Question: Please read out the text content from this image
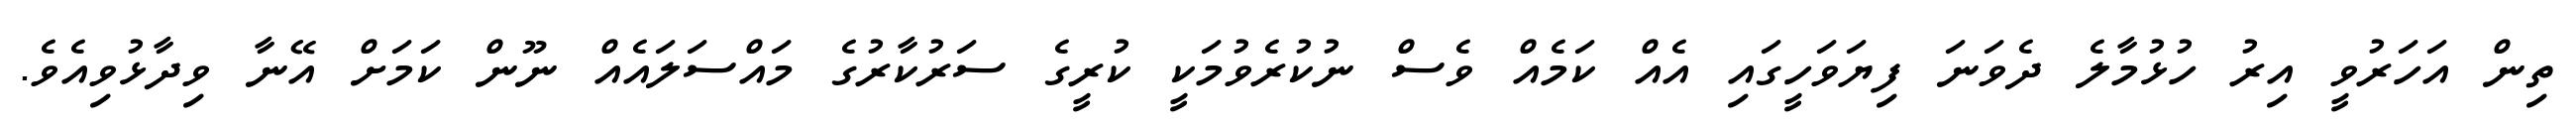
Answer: ތިން އަހަރުވީ އިރު ހުޅުމާލެ ދެވަނަ ފިޔަވަހީގައި އެއް ކަމެއް ވެސް ނުކުރެވުމަކީ ކުރީގެ ސަރުކާރުގެ މައްސަލައެއް ނޫން ކަމަށް އޭނާ ވިދާޅުވިއެވެ.